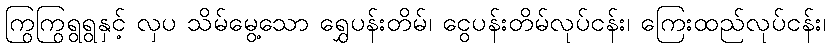
ကြွကြွရွရွနှင့် လှပ သိမ်မွေ့သော ရွှေပန်းတိမ်၊ ငွေပန်းတိမ်လုပ်ငန်း၊ ကြေးထည်လုပ်ငန်း၊